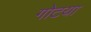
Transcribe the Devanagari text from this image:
गोटया